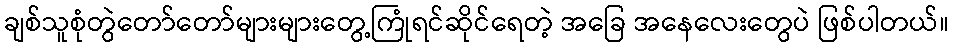
ချစ်သူစုံတွဲတော်တော်များများတွေ့ကြုံရင်ဆိုင်ရေတဲ့ အခြေ အနေလေးတွေပဲ ဖြစ်ပါတယ်။